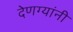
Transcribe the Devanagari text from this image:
देणग्यांनी